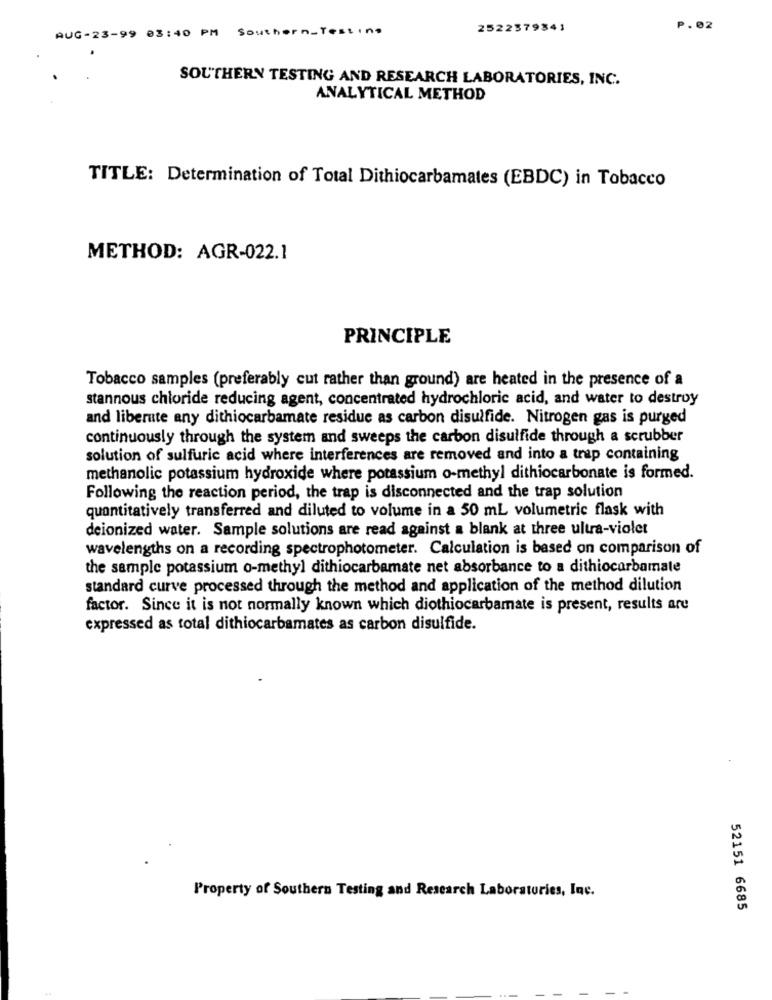
AUG-23-99 03:40 PM Southern-Testing
2522379341
P.02
SOUTHERN TESTING AND RESEARCH LABORATORIES, INC.
ANALYTICAL METHOD
TITLE: Determination of Total Dithiocarbamates (EBDC) in Tobacco
METHOD: AGR-022.1
PRINCIPLE
Tobacco samples (preferably cut rather than ground) are heated in the presence of a
stannous chloride reducing agent, concentrated hydrochloric acid, and water to destroy
and liberate any dithiocarbamate residue as carbon disulfide. Nitrogen gas is purged
continuously through the system and sweeps the carbon disulfide through a scrubber
solution of sulfuric acid where interferences are removed and into a trap containing
methanolic potassium hydroxide where potassium o-methyl dithiocarbonate is formed.
Following the reaction period, the trap is disconnected and the trap solution
quantitatively transferred and diluted to volume in a 50 mL volumetric flask with
deionized water. Sample solutions are read against a blank at three ultra-violet
wavelengths on a recording spectrophotometer. Calculation is based on comparison of
the sample potassium o-methyl dithiocarbamate net absorbance to a dithiocarbamate
standard curve processed through the method and application of the method dilution
factor. Since it is not normally known which diothiocarbamate is present, results are
expressed as total dithiocarbamates as carbon disulfide.
Property of Southern Testing and Research Laboratories, Inc.
52151 6685